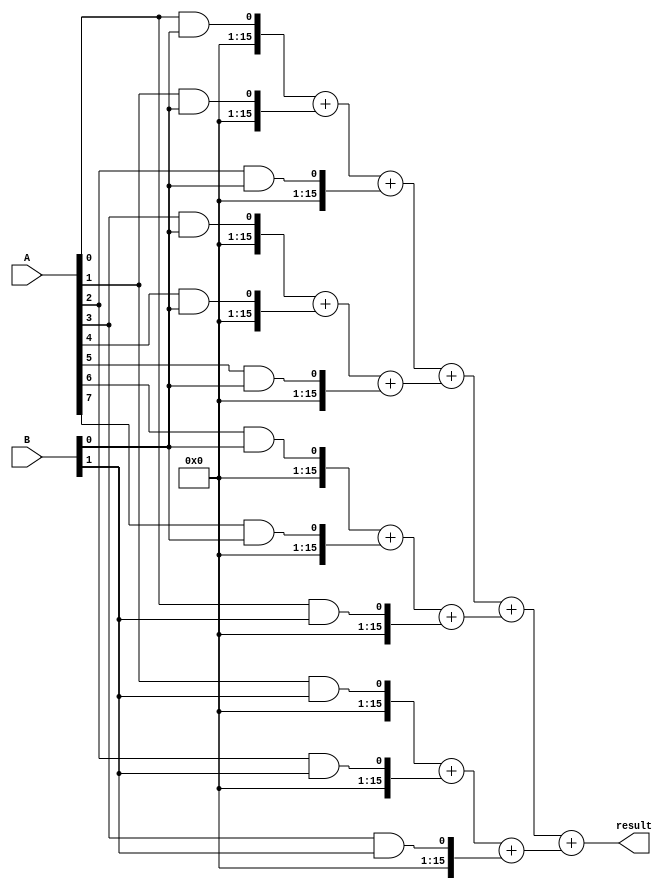
module Wallace_Tree_Multiplier(
    input [7:0] A,
    input [7:0] B,
    output reg [15:0] result
);

reg [15:0] partial_products [7:0][7:0];
reg [15:0] partial_products_reduced [3:0];

// Partial Product Generation
generate
    genvar i, j;
    for (i = 0; i < 8; i = i + 1) begin
        for (j = 0; j < 8; j = j + 1) begin
            assign partial_products[i][j] = A[i] & B[j];
        end
    end
endgenerate

// Partial Product Reduction
assign partial_products_reduced[0] = partial_products[0][0] + partial_products[1][0] + partial_products[2][0];
assign partial_products_reduced[1] = partial_products[3][0] + partial_products[4][0] + partial_products[5][0];
assign partial_products_reduced[2] = partial_products[6][0] + partial_products[7][0] + partial_products[0][1];
assign partial_products_reduced[3] = partial_products[1][1] + partial_products[2][1] + partial_products[3][1];

// Final Product Accumulation
assign result = partial_products_reduced[0] + partial_products_reduced[1] + partial_products_reduced[2] + partial_products_reduced[3];

endmodule